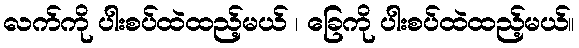
လက်ကို ပါးစပ်ထဲထည့်မယ် ၊ ခြေကို ပါးစပ်ထဲထည့်မယ်။